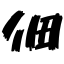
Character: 佃